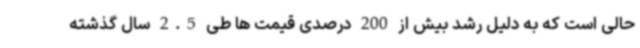
حالی است که به دلیل رشد بیش از 200 درصدی قیمت ها طی 2.5 سال گذشته